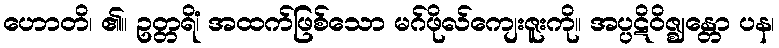
ဟောတိ၊ ၏။ ဥတ္တရိံ၊ အထက်ဖြစ်သော မဂ်ဖိုလ်ကျေးဇူးကို။ အပ္ပဋိဝိဇ္ဈန္တော ပန၊